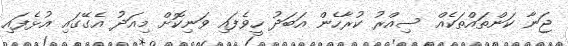
ޖަނާ ކަންތައްތަކެއް ސިއްރު ކުރާހެން އަބަދު ހީވެފައި ވަނިކޮށް މިއަދު އެގޭގައި އުޅެފައި